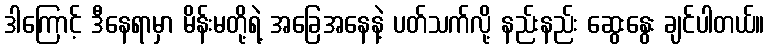
ဒါကြောင့် ဒီနေရာမှာ မိန်းမတို့ရဲ့ အခြေအနေနဲ့ ပတ်သက်လို့ နည်းနည်း ဆွေးနွေး ချင်ပါတယ်။